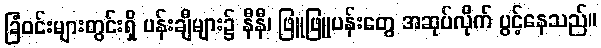
ခြံဝင်းများတွင်းရှိ ပန်းချီများ၌ နီနီ၊ ဖြူဖြူပန်းတွေ အဆုပ်လိုက် ပွင့်နေသည်။